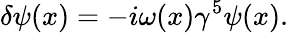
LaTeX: \delta\psi(x)=-i\omega(x)\gamma^{5}\psi(x).